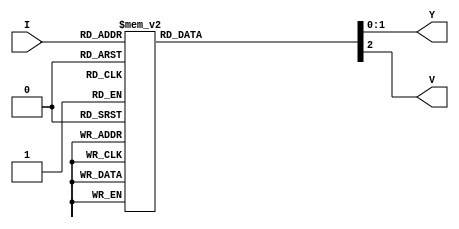
module encode_4_2_bh(Y,V,I);

	input [3:0]I;
	output reg [1:0]Y;
	output reg V;

	always@(*) begin
		case(I)
			4'd1: {V,Y}=3'b100;
			4'd2: {V,Y}=3'b101;
			4'd4: {V,Y}=3'b110;
			4'd8: {V,Y}=3'b111;
			4'd0,4'd3,4'd5,4'd6,4'd7,4'd9,4'd10,4'd11,4'd12,4'd13,4'd14,4'd15: {V,Y}=3'b000;
			default: $display("error");
		endcase
	end

endmodule